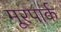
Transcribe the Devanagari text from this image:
मूरपार्क